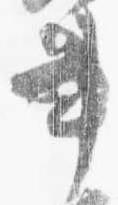
書